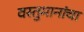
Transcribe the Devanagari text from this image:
वस्तुमानांचा